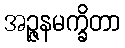
အဉ္ဇနမက္ခိတာ